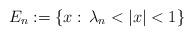
LaTeX: \begin{align*}E_n:=\{x:\,\lambda_n<|x|<1\}\end{align*}